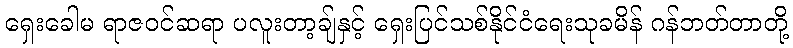
ရှေးခေါမ ရာဇဝင်ဆရာ ပလူးတာ့ချ်နှင့် ရှေးပြင်သစ်နိုင်ငံရေးသုခမိန် ဂန်ဘတ်တာတို့